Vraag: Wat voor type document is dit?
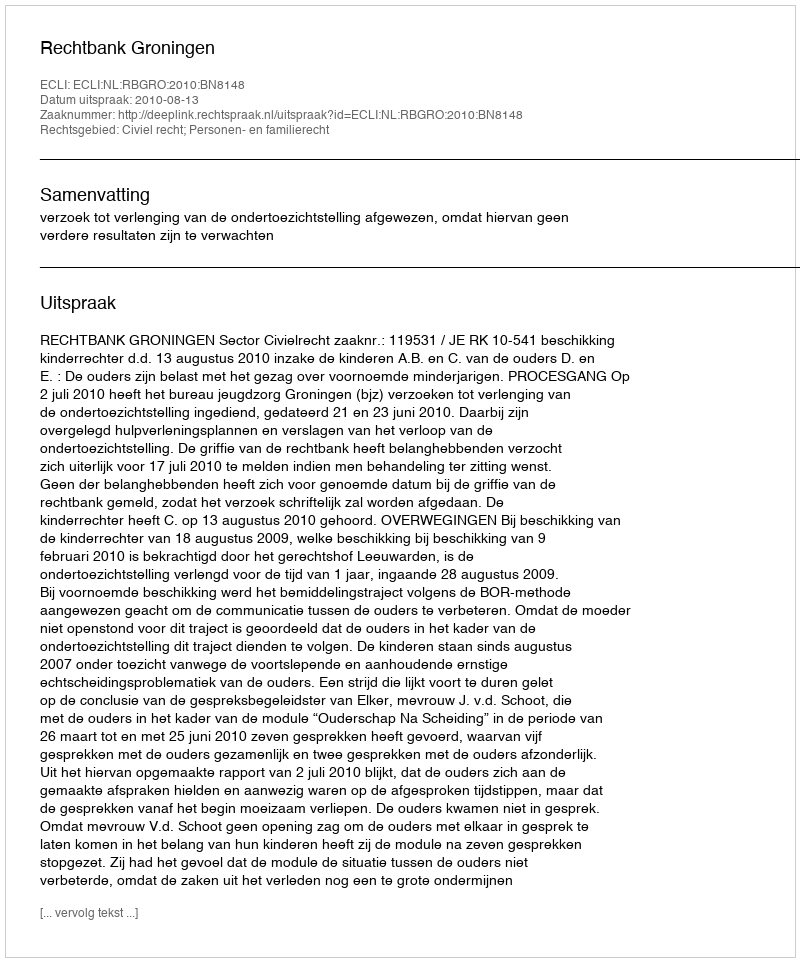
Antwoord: Uitspraak